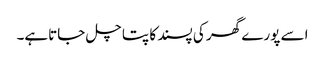
اسے پورے گھر کی پسند کا پتا چل جاتاہے۔